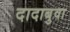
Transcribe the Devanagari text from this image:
दादाबुवा